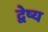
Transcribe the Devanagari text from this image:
द्वेष्य